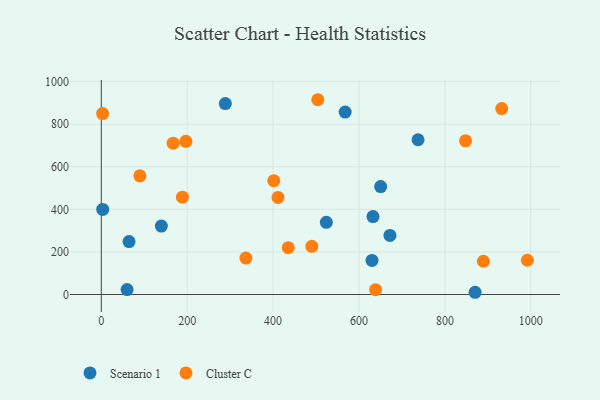
{"axis": {"x": "Study Hours", "y": "Rating"}, "legend": ["Cluster C", "Scenario 1"], "data": [{"x": "672.0", "y": 277.7, "type": "Scenario 1"}, {"x": "567.7", "y": 856.8, "type": "Scenario 1"}, {"x": "650.4", "y": 506.7, "type": "Scenario 1"}, {"x": "139.8", "y": 321.3, "type": "Scenario 1"}, {"x": "3.3", "y": 399.5, "type": "Scenario 1"}, {"x": "64.6", "y": 248.4, "type": "Scenario 1"}, {"x": "632.5", "y": 366.0, "type": "Scenario 1"}, {"x": "870.2", "y": 10.5, "type": "Scenario 1"}, {"x": "630.2", "y": 160.3, "type": "Scenario 1"}, {"x": "523.9", "y": 339.2, "type": "Scenario 1"}, {"x": "737.4", "y": 726.8, "type": "Scenario 1"}, {"x": "288.8", "y": 896.6, "type": "Scenario 1"}, {"x": "60.0", "y": 23.0, "type": "Scenario 1"}, {"x": "188.9", "y": 457.3, "type": "Cluster C"}, {"x": "411.4", "y": 455.8, "type": "Cluster C"}, {"x": "490.1", "y": 226.4, "type": "Cluster C"}, {"x": "336.6", "y": 171.3, "type": "Cluster C"}, {"x": "401.5", "y": 534.7, "type": "Cluster C"}, {"x": "932.2", "y": 873.4, "type": "Cluster C"}, {"x": "848.0", "y": 721.7, "type": "Cluster C"}, {"x": "89.8", "y": 557.6, "type": "Cluster C"}, {"x": "889.5", "y": 156.3, "type": "Cluster C"}, {"x": "991.9", "y": 160.9, "type": "Cluster C"}, {"x": "504.0", "y": 914.8, "type": "Cluster C"}, {"x": "3.1", "y": 849.6, "type": "Cluster C"}, {"x": "167.2", "y": 710.9, "type": "Cluster C"}, {"x": "196.9", "y": 719.4, "type": "Cluster C"}, {"x": "435.1", "y": 219.9, "type": "Cluster C"}, {"x": "638.6", "y": 22.7, "type": "Cluster C"}]}